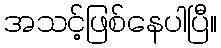
အသင့်ဖြစ်နေပါပြီ။